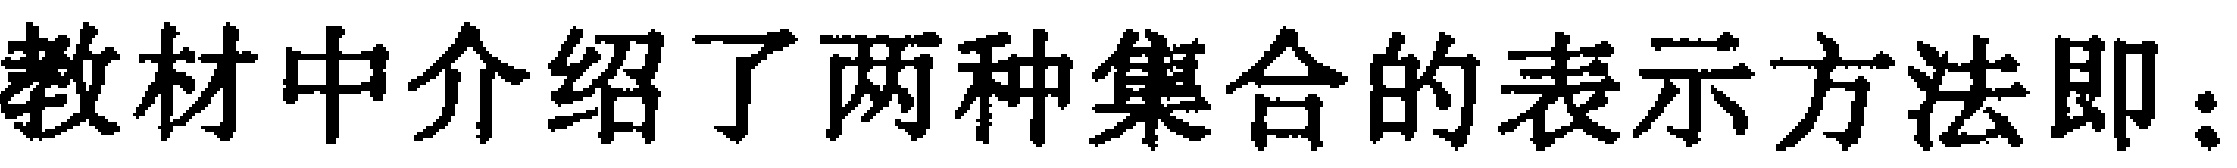
教材中介绍了两种集合的表示方法即：